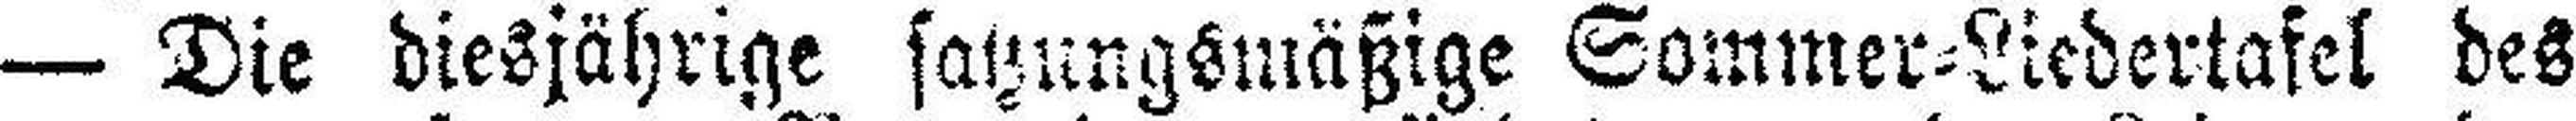
— Die diesjährige satzungsmäßige Sommer=Liedertafel des